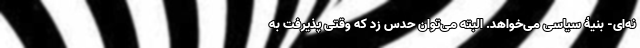
نه‌ای- بنیۀ سیاسی می‌خواهد. البته می‌توان حدس زد که وقتی پذیرفت به